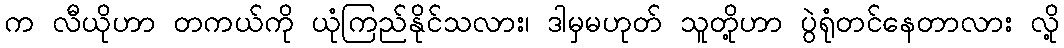
က လီယိုဟာ တကယ်ကို ယုံကြည်နိုင်သလား၊ ဒါမှမဟုတ် သူတို့ဟာ ပွဲရုံတင်နေတာလား လို့